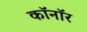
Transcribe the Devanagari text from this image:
कॉनॉर